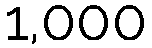
1,000